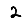
Digit: 2